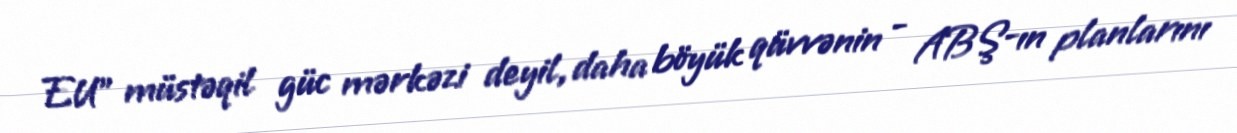
EU” müstəqil güc mərkəzi deyil, daha böyük qüvvənin - ABŞ-ın planlarını